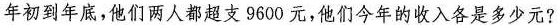
年初到年底，他们两人都超支9600元，他们今年的收入各是多少元？